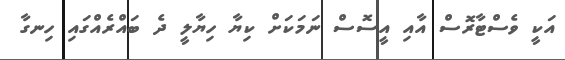
އަކީ ވެސްޓާރޮސް އާއި އީސޮސް ނަމަކަށް ކިޔާ ހިޔާލީ ދެ ބައްރެއްގައި ހިނގާ